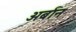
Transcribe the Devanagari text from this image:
अर्बान